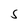
Character: S